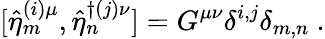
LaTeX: [\hat{\eta}_{m}^{(i)\mu},\hat{\eta}_{n}^{\dagger(j)\nu}]=G^{\mu\nu}\delta^{i,j}\delta_{m,n}~.